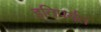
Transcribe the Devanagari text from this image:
इतिपर्यंत